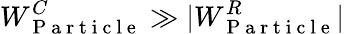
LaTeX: W_{\mathrm{~P~a~r~t~i~c~l~e~}}^{C}\gg|W_{\mathrm{~P~a~r~t~i~c~l~e~}}^{R}|